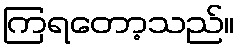
ကြရတော့သည်။